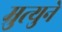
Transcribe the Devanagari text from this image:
म्रुत्युने